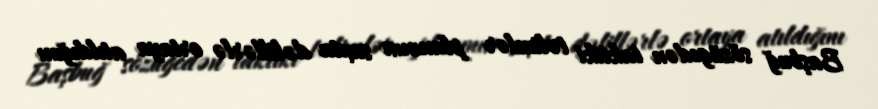
Başbuğ sözügedən taktiki təlimlər planının saxta dəlillərlə ortaya atıldığını